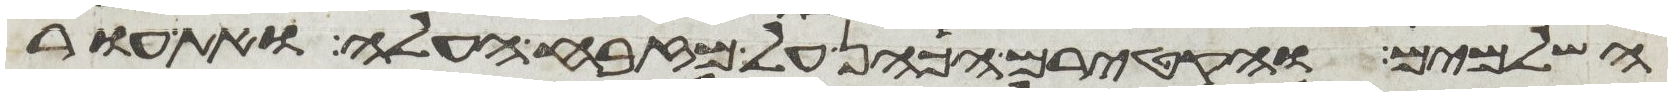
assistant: השלמים והקטירם הכהן על מזבח העלה ואת עור